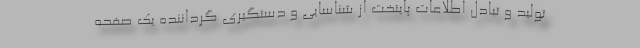
تولید و تبادل اطلاعات پایتخت از شناسایی و دستگیری گرداننده یک صفحه